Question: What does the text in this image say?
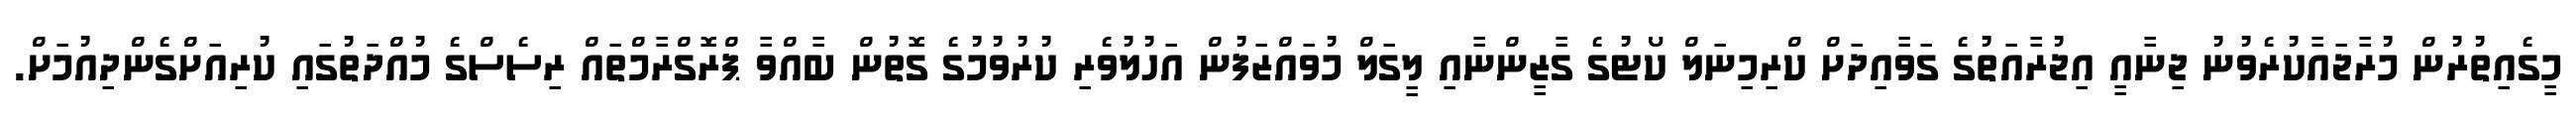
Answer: މީގެއިތުރުން މުރާޖައާކުރެވުނު ޖިނާއީ އިޖުރާއަތުގެ ގަވާއިދަށް ކްރިމިނަލް ކޯޓުގެ ގާޒީންނާއި ލީގަލް މުވައްޒަފުން އަހުލުވެރި ކުރުވުމުގެ ގޮތުން ބާއްވާ ޕްރޮގްރާމްތައް ރިސެސްގެ މުއްދަތުގައި ކުރިއަށްގެންދިއުމަށް.